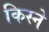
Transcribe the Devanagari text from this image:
किस्ने